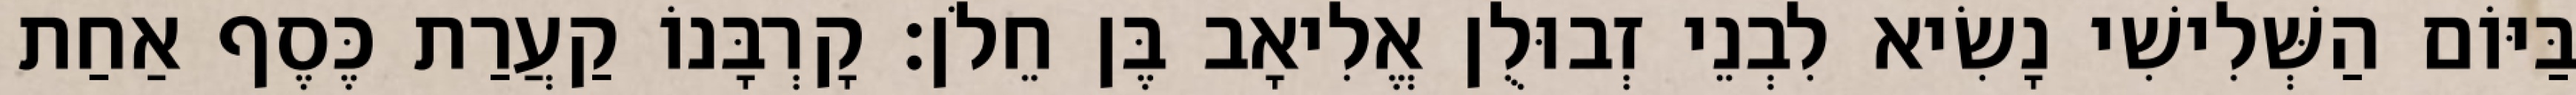
בַּיּוֹם הַשְּׁלִישִׁי נָשִׂיא לִבְנֵי זְבוּלֻן אֱלִיאָב בֶּן חֵלֹן׃ קָרְבָּנוֹ קַעֲרַת כֶּסֶף אַחַת